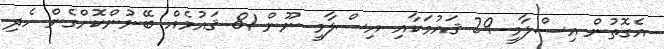
އެގޮތުން އިސްލާމީ 29 ޤައުމަކާއި އިސްލާމީ ނޫން 81 ޤައުމެއް ބޭނުންކޮށްގެން ހެދި